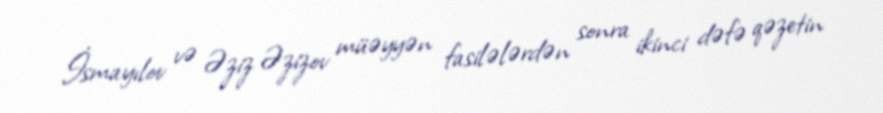
İsmayılov və Əziz Əzizov müəyyən fasilələrdən sonra ikinci dəfə qəzetin